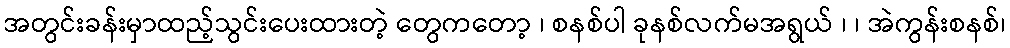
အတွင်းခန်းမှာထည့်သွင်းပေးထားတဲ့ တွေကတော့ ၊ စနစ်ပါ ခုနစ်လက်မအရွယ် ၊ ၊ အဲကွန်းစနစ်၊